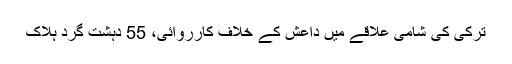
ترکی کی شامی علاقے میں داعش کے خلاف کارروائی، 55 دہشت گرد ہلاک